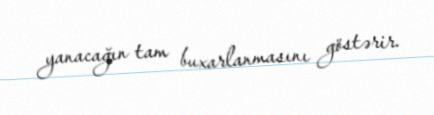
yanacağın tam buxarlanmasını göstərir.